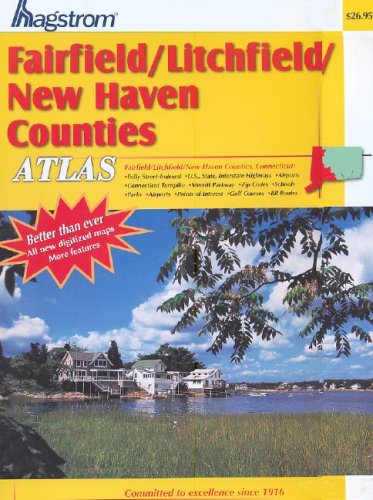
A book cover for Hagstrom Fairfield/Litchfield/New Haven Counties, Connecticut: Atlas; Travel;